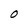
Character: o